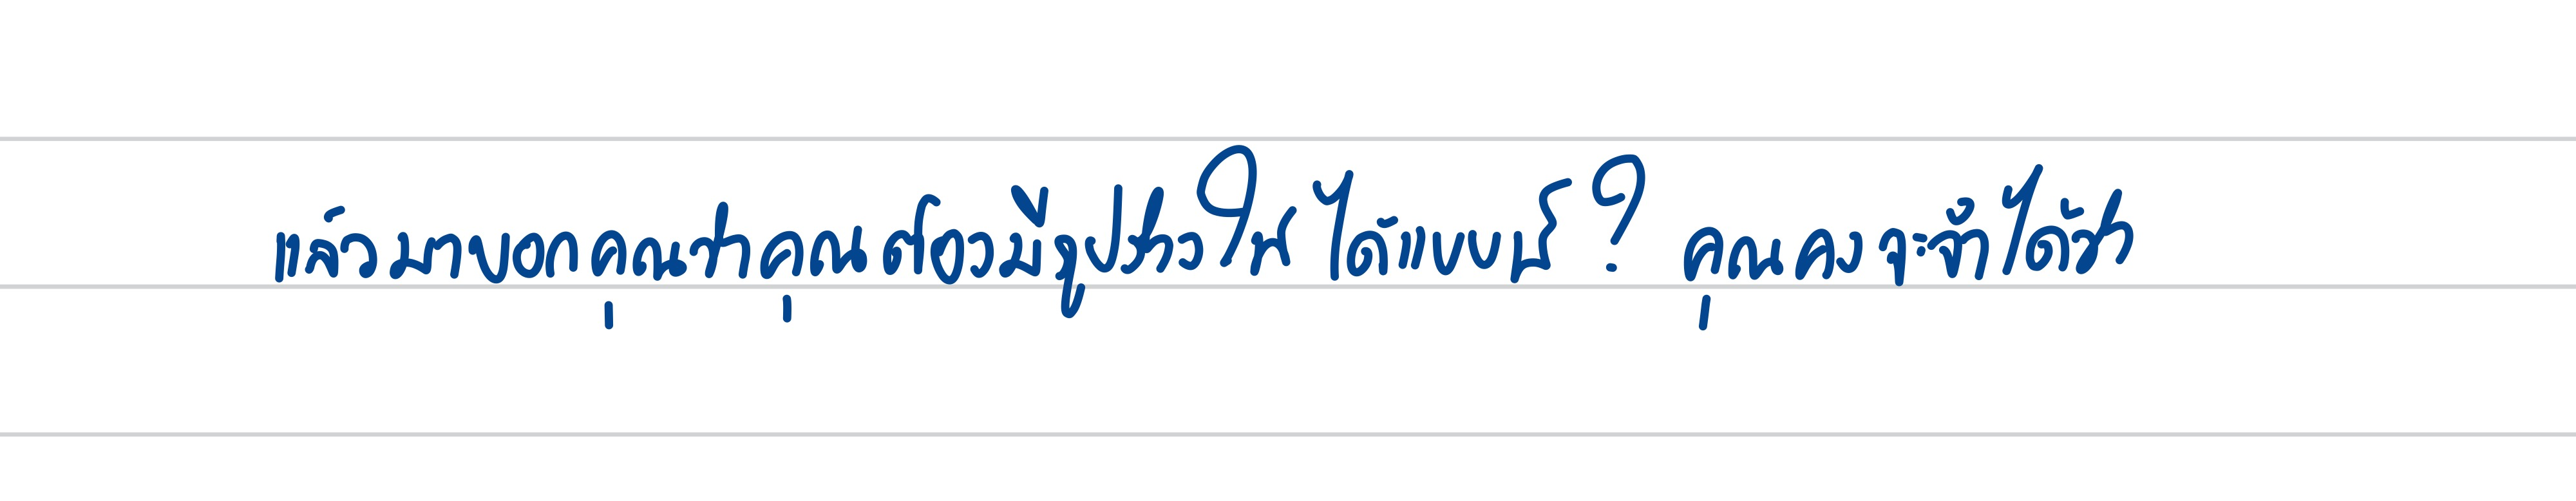
แล้วมาบอกคุณว่าคุณต้องมีรูปร่างให้ได้แบบนี้?คุณคงจะจำได้ว่า